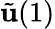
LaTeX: \tilde{\mathbf{u}}(1)